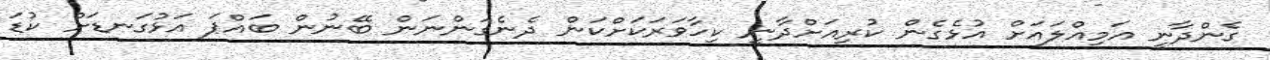
ގެންދާނީ އަމިއްލައަށް އުޅެގެން ކުރިއަށްދާނީ ކިހާވަރަކަށްކަން ދެނެގަންނަން ބޭނުން ބައްޕަ އަޅުގަނޑަށް ކުޑަ